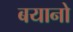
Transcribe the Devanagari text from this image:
बयानो